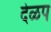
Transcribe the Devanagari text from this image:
देळप